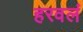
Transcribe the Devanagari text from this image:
हरवलं